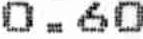
0.60